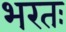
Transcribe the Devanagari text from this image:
भरतः